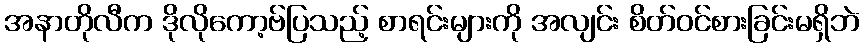
အနာတိုလီက ဒိုလိုကော့ဗ်ပြသည့် စာရင်းများကို အလျင်း စိတ်ဝင်စားခြင်းမရှိဘဲ